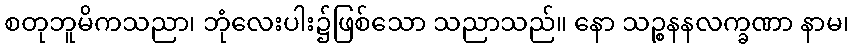
စတုဘူမိကသညာ၊ ဘုံလေးပါး၌ဖြစ်သော သညာသည်။ နော သဉ္စနနလက္ခဏာ နာမ၊